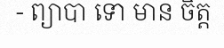
- ព្យាបា ទោ មាន ចិត្ត